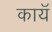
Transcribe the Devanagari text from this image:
कायॅ